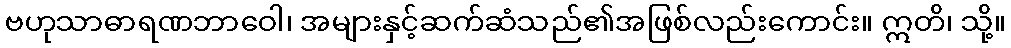
ဗဟုသာဓာရဏဘာဝေါ၊ အများနှင့်ဆက်ဆံသည်၏အဖြစ်လည်းကောင်း။ ဣတိ၊ သို့။